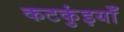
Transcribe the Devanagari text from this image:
कटकुंइयाँ